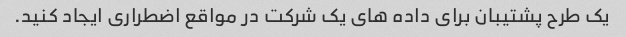
یک طرح پشتیبان برای داده های یک شرکت در مواقع اضطراری ایجاد کنید.